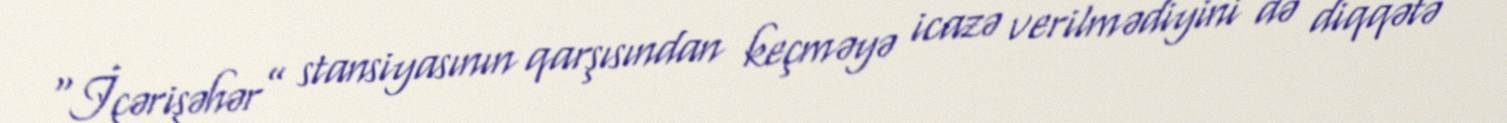
“İçərişəhər” stansiyasının qarşısından keçməyə icazə verilmədiyini də diqqətə